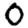
Digit: 0